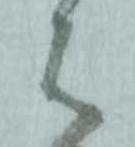
は